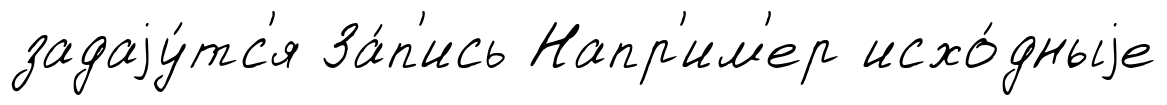
задаjу́тс'я За́п'ись Напр'им'ер исхо́дныjе